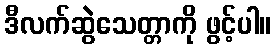
ဒီလက်ဆွဲသေတ္တာကို ဖွင့်ပါ။